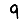
Digit: 9